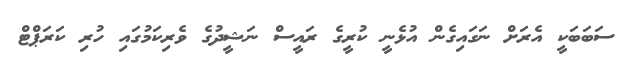
ސަބަބަކީ އެރަށް ނަގައިގެން އުޅެނީ ކުރީގެ ރައީސް ނަޝީދުގެ ވެރިކަމުގައި ހުރި ކަރަޕްޓް